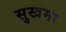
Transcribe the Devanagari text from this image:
सुखमा